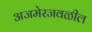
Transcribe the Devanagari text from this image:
अजमेरजवळील